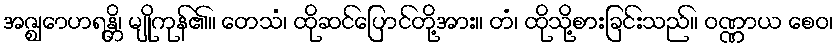
အဇ္ဈောဟရန္တိ၊ မျိုကုန်၏။ တေသံ၊ ထိုဆင်ပြောင်တို့အား။ တံ၊ ထိုသို့စားခြင်းသည်။ ဝဏ္ဏာယ စေဝ၊